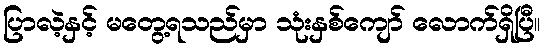
ပြာလဲ့နှင့် မတွေ့ရသည်မှာ သုံးနှစ်ကျော် လောက်ရှိပြီ။